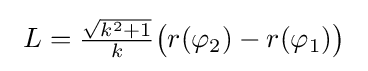
\ L={\tfrac {\sqrt {k^{2}+1}}{k}}{\big (}r(\varphi _{2})-r(\varphi _{1}){\big )}\